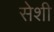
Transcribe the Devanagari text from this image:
सेशी